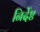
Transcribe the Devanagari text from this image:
निर्देष्ट